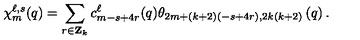
\chi _ { m } ^ { \ell , s } ( q ) = \sum _ { r \in { \bf Z } _ { k } } c _ { m - s + 4 r } ^ { \ell } ( q ) \theta _ { 2 m + ( k + 2 ) ( - s + 4 r ) , 2 k ( k + 2 ) } \left( q \right) .